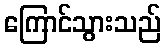
ကြောင်သွားသည်